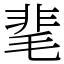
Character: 靟